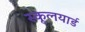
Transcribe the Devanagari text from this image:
स्कूलयार्ड